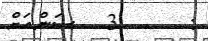
:      3   ސަންއަށް